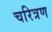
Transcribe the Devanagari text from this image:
चरित्रण